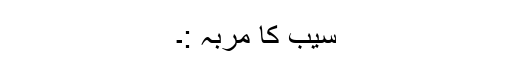
سیب کا مربہ :۔